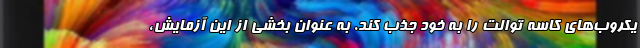
یکروب‌های کاسه توالت را به خود جذب کند. به عنوان بخشی از این آزمایش،